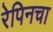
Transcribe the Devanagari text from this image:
रेपिनचा